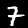
Label: 7